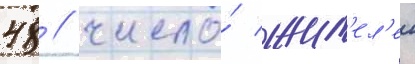
48 / число́ жит'ел'еи